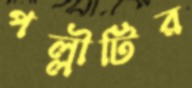
পল্লীটির